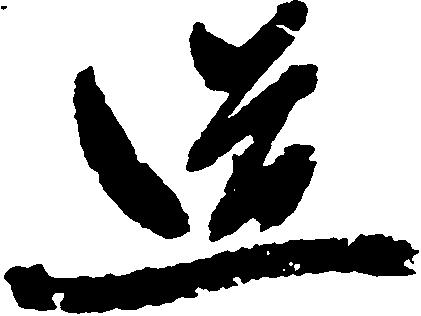
道